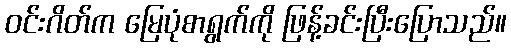
ဝင်းဂိတ်က မြေပုံစာရွက်ကို ဖြန့်ခင်းပြီးပြောသည်။